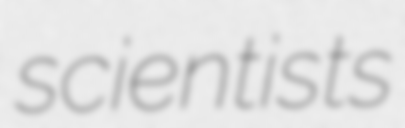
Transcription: scientists